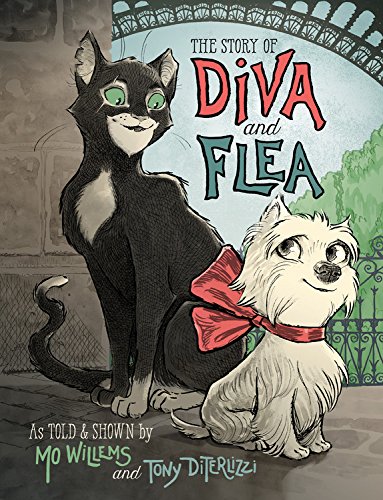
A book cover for The Story of Diva and Flea; Mo Willems; Children's Books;